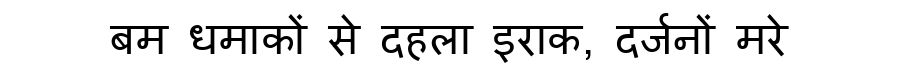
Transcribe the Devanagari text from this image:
बम धमाकों से दहला इराक, दर्जनों मरे